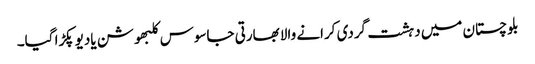
بلوچستان میں دہشت گردی کرانے والا بھارتی جاسوس کلبھوشن یادیو پکڑا گیا۔